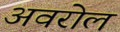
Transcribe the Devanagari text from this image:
अवरोल